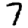
Digit: 7